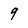
Character: 9